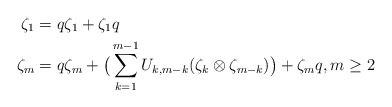
\begin{align*}\zeta_1 & = q\zeta_1 + \zeta_1q \\\zeta_m & = q\zeta_m + \big(\sum_{k=1}^{m-1}U_{k, m-k}(\zeta_k \otimes \zeta_{m-k}) \big) + \zeta_m q, m\geq 2\end{align*}